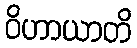
ဝိဟာယာတိ